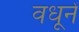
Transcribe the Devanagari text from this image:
वधूनें